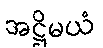
အဋ္ဌိမယံ